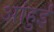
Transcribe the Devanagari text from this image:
आंहुई